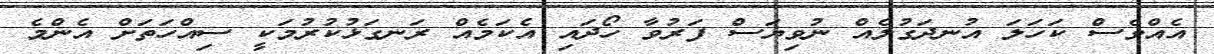
އެއްވެސް ކަހަލަ އުނދަގުލެއް ނުވިޔަސް ފަރުވާ ހޯދައި އެކަމެއް ރަނގަޅުކުރުމަކީ ސިއްހަތަށް އެންމެ